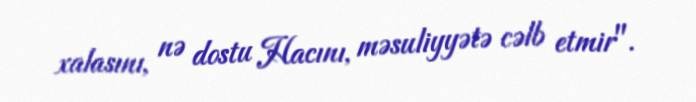
xalasını, nə dostu Hacını, məsuliyyətə cəlb etmir".